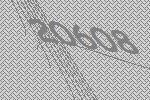
20608